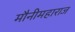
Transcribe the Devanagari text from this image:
मौनीमहाराज